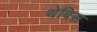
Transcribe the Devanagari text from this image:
थेबिस